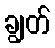
ချွတ်